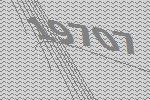
19707